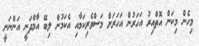
މިހެން މިކަން އޮތްއިރު އަހަރުން އަހަރަށް މަސްވެރިކަމާއި އެކަމުން ލިބޭ އާމްދަނީ އަންނަނީ